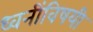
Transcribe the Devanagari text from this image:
ध्वनींविषयी